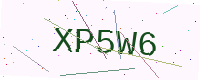
Text: XP5W6